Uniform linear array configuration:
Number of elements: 16
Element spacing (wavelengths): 1
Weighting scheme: blackman
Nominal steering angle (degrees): -60
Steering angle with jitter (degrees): -58.702
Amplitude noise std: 0.05
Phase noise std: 0.05

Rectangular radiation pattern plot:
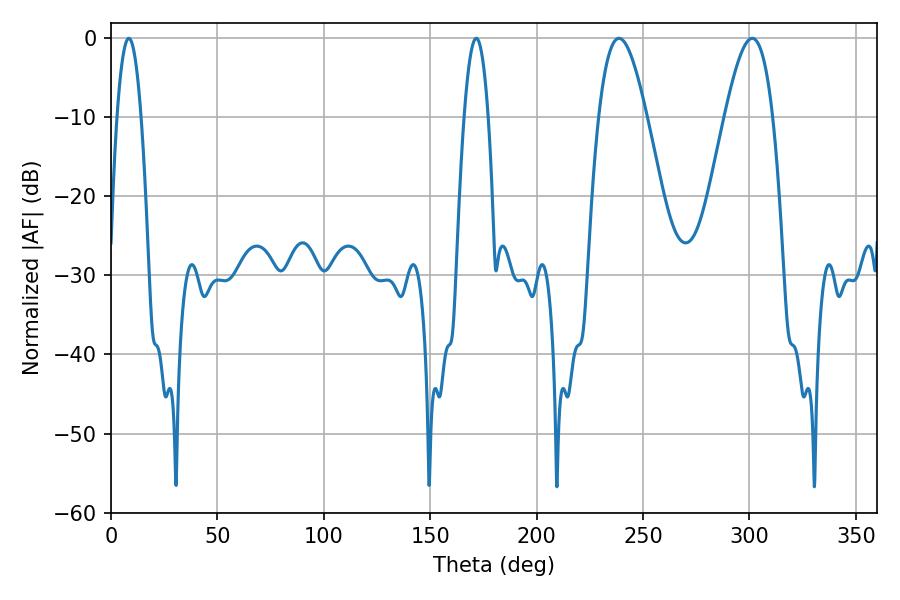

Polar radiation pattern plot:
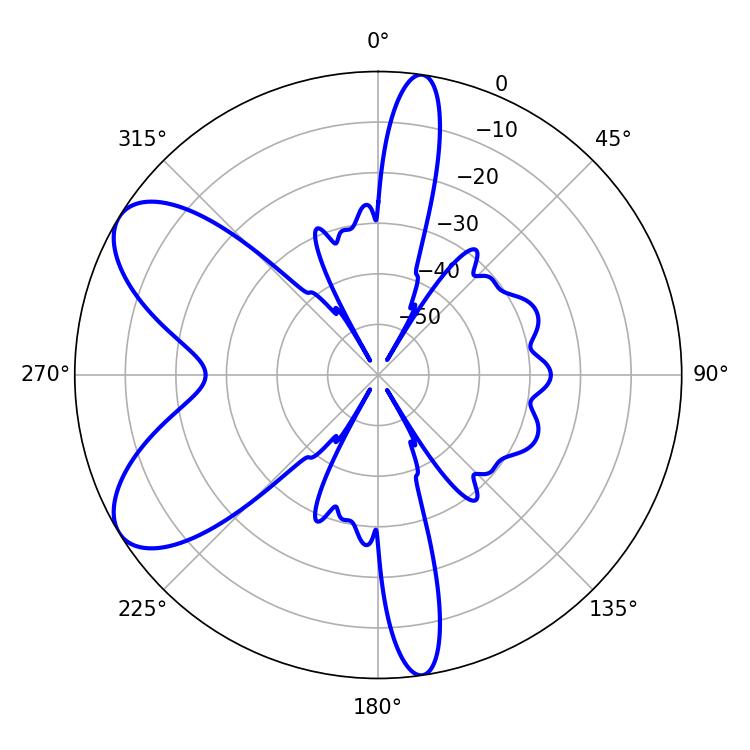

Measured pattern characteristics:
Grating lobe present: TRUE
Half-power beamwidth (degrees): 12.24
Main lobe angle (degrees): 238.68